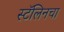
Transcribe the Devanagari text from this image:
स्टॅलिनचा